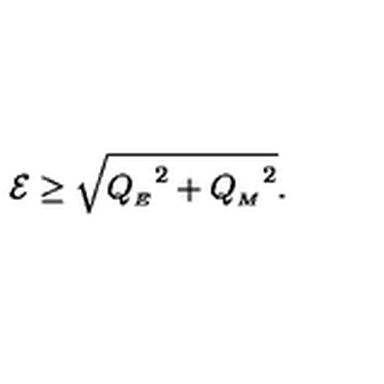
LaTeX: { \cal E } \geq \sqrt { { Q _ { _ { E } } } ^ { 2 } + { Q _ { _ { M } } } ^ { 2 } } .